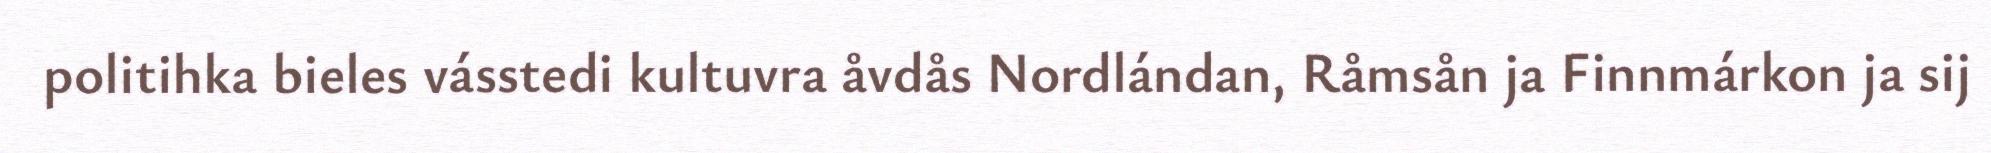
politihka bieles vásstedi kultuvra åvdås Nordlándan, Råmsån ja Finnmárkon ja sij